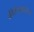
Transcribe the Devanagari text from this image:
कीर्तनकारांना